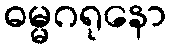
ဓမ္မဂရုနော